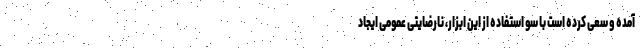
آمده و سعی کرده است با سو استفاده از این ابزار، نارضایتی عمومی ایجاد